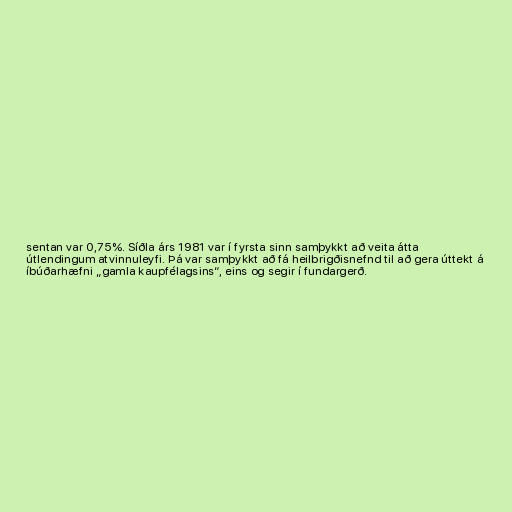
sentan var 0,75%. Síðla árs 1981 var í fyrsta sinn samþykkt að veita átta
útlendingum atvinnuleyfi. Þá var samþykkt að fá heilbrigðisnefnd til að gera úttekt á
íbúðarhæfni „gamla kaupfélagsins“, eins og segir í fundargerð.